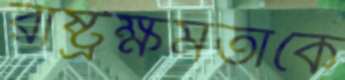
রাষ্ট্রক্ষমতাকে